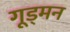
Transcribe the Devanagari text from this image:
गूड्मन